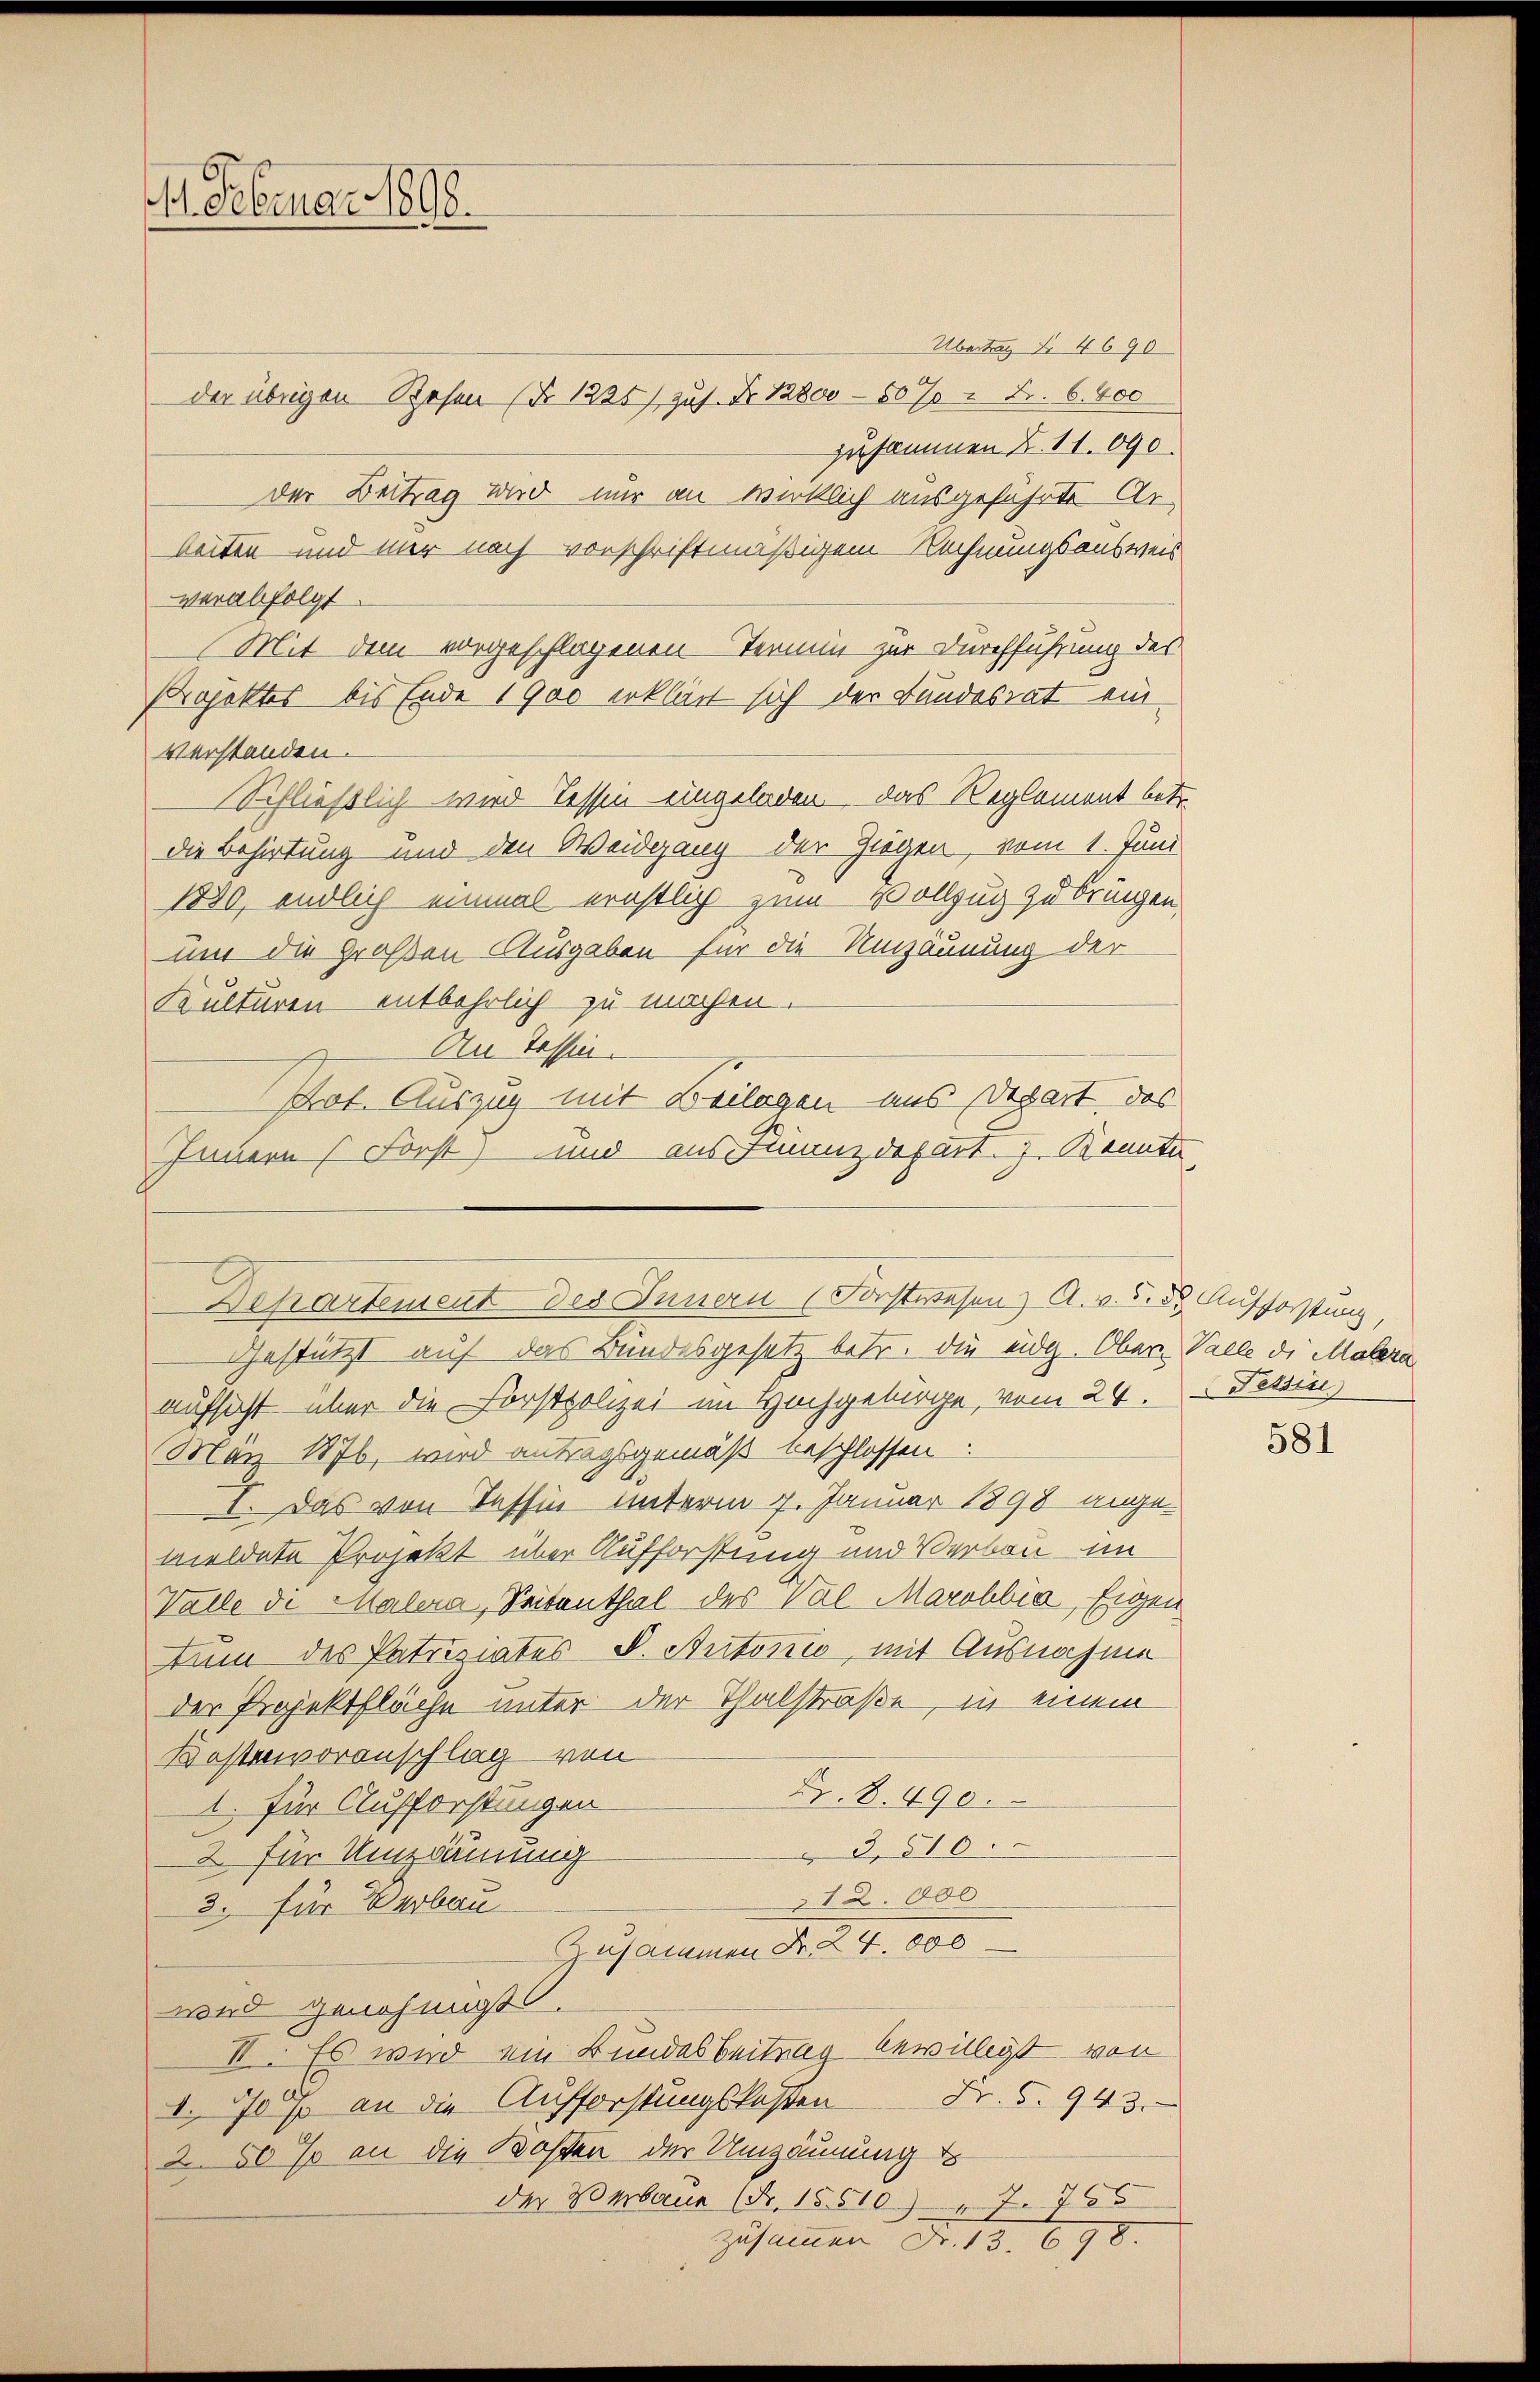
11. Februar 1898.

der übrigen Besen (No 1325) zus. No 12800 - 50% = Fr. 6. 400
zusammen Z. 11. 090.
der Beitrag wird nur an wirklich ausgeführte Arleiten und mir nach vorschriftmäßigem Rechnungsausweis
verabfolgt.
Mit dem vorgeschlagenen Termin zur Durchführung des
Projektes bis Ende 1900 erklärt sich der Bundesrat einverstanden.
Schließlich wird Tessin eingeladen. Das Reglement betr.
die Behirtung und den Weidgang der Ziegen, vom 1. Juni
1850, endlich einmal ernstlich zum Vollzug zu bringen,
um die großen Ausgaben für die Umzäunung der
Kulturen entbehrlich zu machen.
An Tessin.
Gestützt auf das Bundesgesetz betr. die eidg. Ober-Valle di Malera
aufsicht über die Forstpolizei im Hochgebürge, vom 24.
März 1876, wird antragsgemäß beschlossen:
I. Das von Tessin unterm 7. Januar 1898 angemeldete Projekt über Aufforstung und Verbau im
Walle di Malera, Seitenthal des Val Marobbia, Eigen
tum des Patriziates S. Automo, mit Ausnahme
der Projektfläche unter der Thalstraße, in einem
Kostenvoranschlag von
Fr. 8. 490.
1. für Aufforstungen
3,616.
2 für Umzäumung
12.000
3. für Verbau
Zusammen Fr. 24. 000
wird genehmigt.
II. Es wird ein Bundesbeitrag bewilligt von
1. 70 p an die Aufforstungskosten Fr. 5. 943.
2.50 so an die Kosten der Umzäunung d
der Verbaue (Nr. 15. 510.) " 7. 765

Pot. Auszug mit Beilagen uns Depart, das
Innern Forst) und aus Finanzdepart. Kennte,
Drkartement des Innern (Forstwesen A. v. u. d. Aufforstung,

Übertrag § 4690

zusammen Fr. 13. 698.

Tessin

581